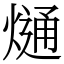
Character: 熥